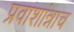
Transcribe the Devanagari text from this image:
प्रवाशांन्नाच